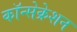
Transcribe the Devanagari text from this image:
कॉन्सेक्रेशन